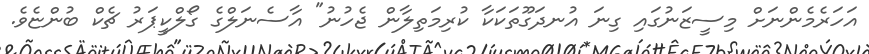
އަހަރެމެންނަށް މިސީޒަނުގައި ގިނަ އުނދަގޫތަކަކާ ކުރިމަތިލާން ޖެހުނު" އާސެނަލްގެ ގޯލްކީޕަރު ޗެކް ބުންޏެވެ.